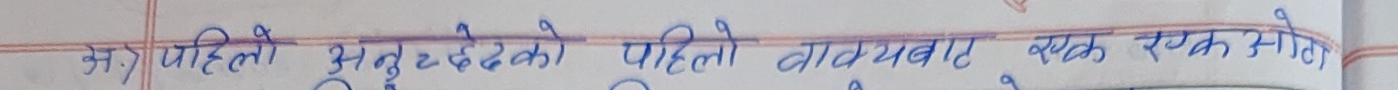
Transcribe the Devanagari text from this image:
मन्त्र पहिलो अनुभूति दिएको पहिलो वाक्यबाट एक एक जोडी